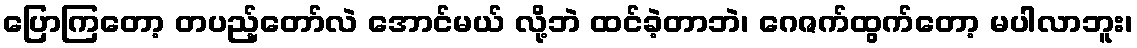
ပြောကြတော့ တပည့်တော်လဲ အောင်မယ် လို့ဘဲ ထင်ခဲ့တာဘဲ၊ ဂေဇက်ထွက်တော့ မပါလာဘူး၊